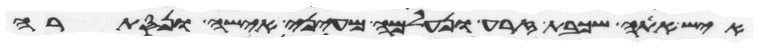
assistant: איש אתה שכבת זרע ונעלם מעיני אישה ונסתרה